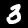
Digit: 3